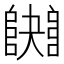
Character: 𨼱